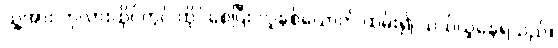
သူ့အား ကုလားထိုင်တွင် ထိုင်စေပြီး လူနှစ်ယောက် ထမ်း၍ သယ်ယူနေရသည်။